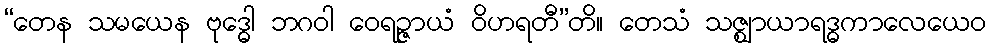
“တေန သမယေန ဗုဒ္ဓေါ ဘဂဝါ ဝေရဉ္ဇာယံ ဝိဟရတီ”တိ။ တေသံ သဇ္ဈာယာရဒ္ဓကာလေယေဝ